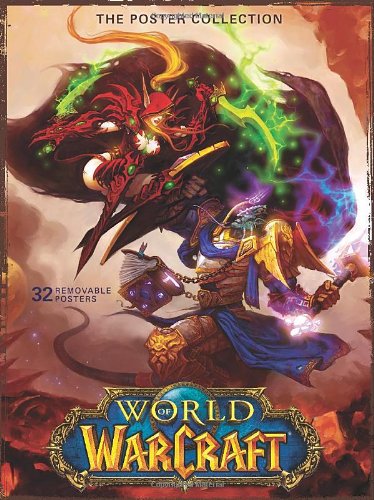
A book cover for World of Warcraft Poster Collection; Blizzard Entertainment; Arts & Photography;